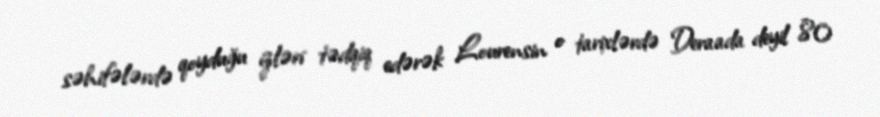
səhifələrdə qoyduğu izləri tədqiq edərək Lourensin o tarixlərdə Deraada deyil 80